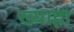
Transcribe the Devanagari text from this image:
ख्याहा